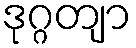
ဒုဂ္ဂတျာ